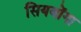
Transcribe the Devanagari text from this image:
सियबोंगा